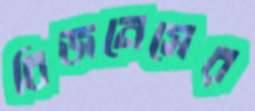
বিজনেসের